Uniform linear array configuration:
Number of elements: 16
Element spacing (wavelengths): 0.75
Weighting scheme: uniform
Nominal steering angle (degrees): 30
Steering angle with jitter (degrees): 30.103
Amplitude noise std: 0.05
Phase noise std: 0.05

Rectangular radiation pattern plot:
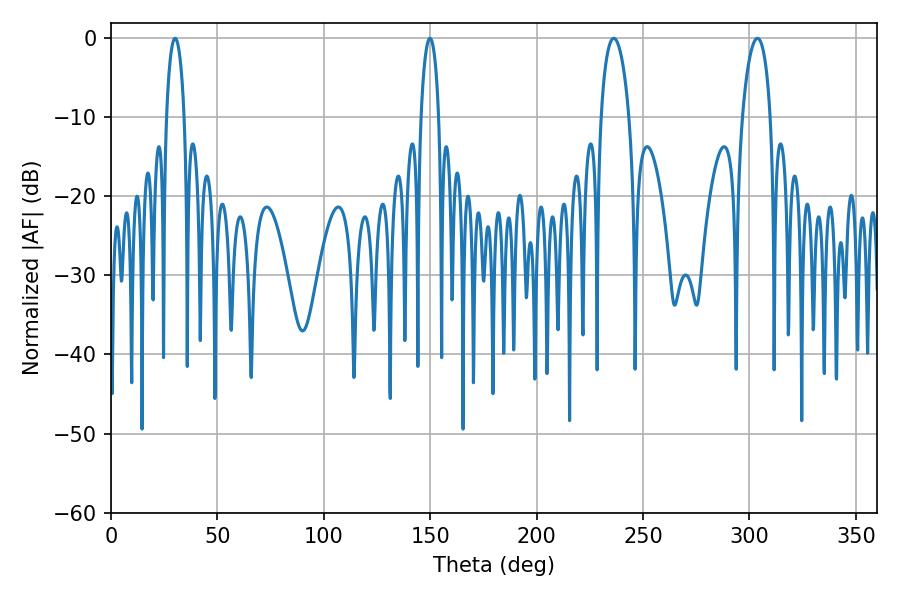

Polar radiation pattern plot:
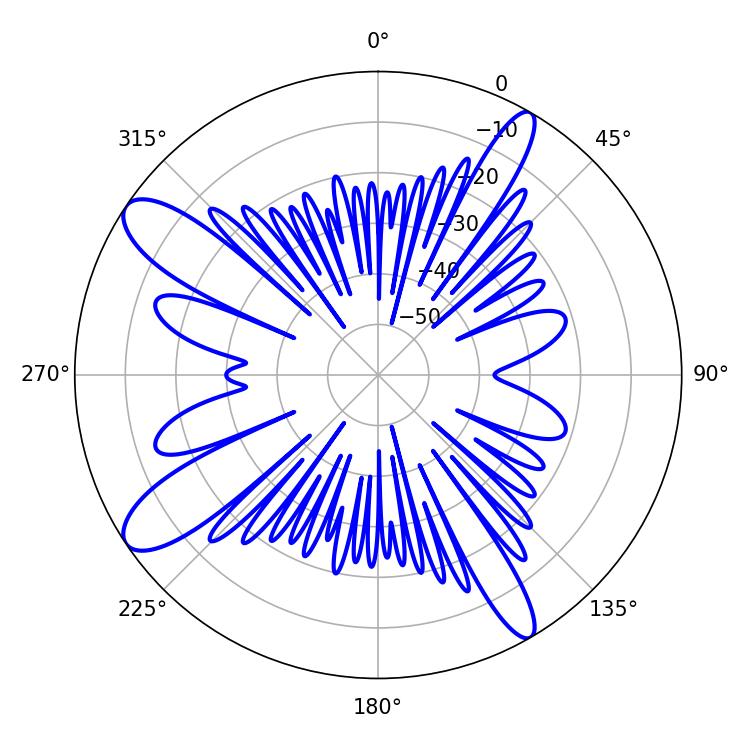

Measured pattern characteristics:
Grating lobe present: TRUE
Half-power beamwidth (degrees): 7.38
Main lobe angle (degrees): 236.16